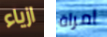
ازياء امراة